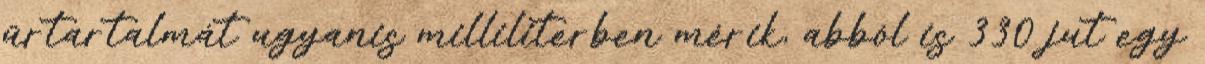
űrtartalmát ugyanis milliliterben mérik, abból is 330 jut egy